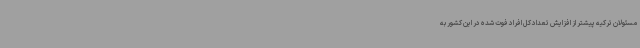
مسئولان ترکیه پیشتر از افزایش تعداد کل افراد فوت شده در این کشور به